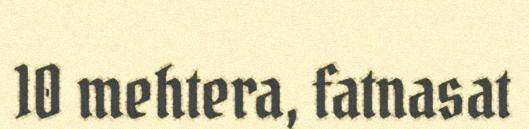
10 mehtera, fatnasat